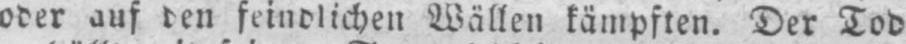
oder auf den feindlichen Wällen kämpften. Der Tod